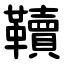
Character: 韇